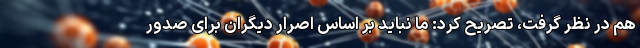
هم در نظر گرفت، تصریح کرد: ما نباید بر اساس اصرار دیگران برای صدور